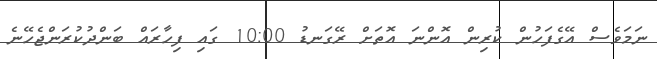
ނަމަވެސް އޭގެފަހުން ކުރިން އޮންނަ އޮތަށް ރޭގަނޑު 10:00 ގައި ފިހާރައް ބަންދުކުރަންޖެހޭނެ